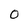
Character: 0